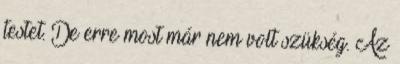
testet. De erre most már nem volt szükség. Az